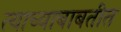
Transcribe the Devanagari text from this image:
त्याच्याबाबतीत